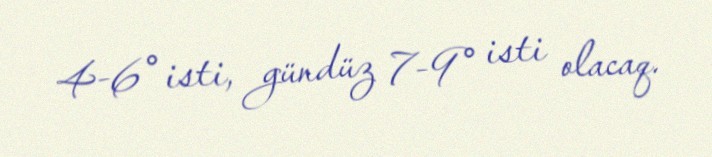
4-6° isti, gündüz 7-9° isti olacaq.